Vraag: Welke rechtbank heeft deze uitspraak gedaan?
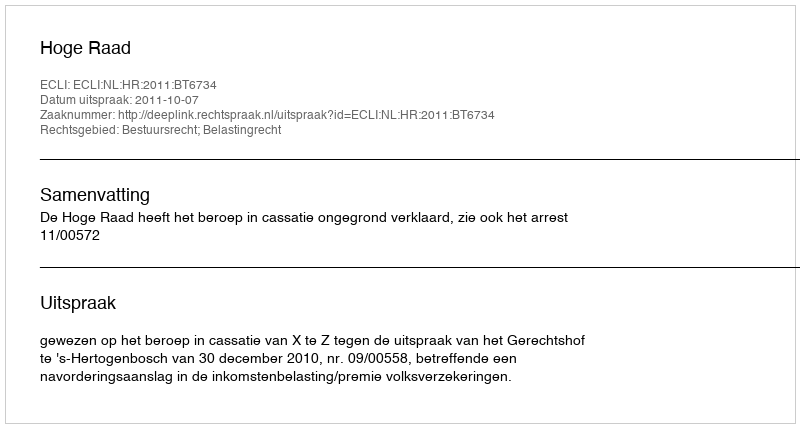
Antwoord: Hoge Raad